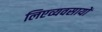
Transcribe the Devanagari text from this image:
लिएव्यवसायों